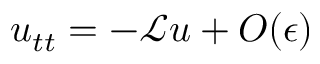
u _ { t t } = - \mathscr { L } u + O ( \epsilon )